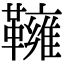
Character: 𩍓